Scottish Leaving Certificate Examination, 1952
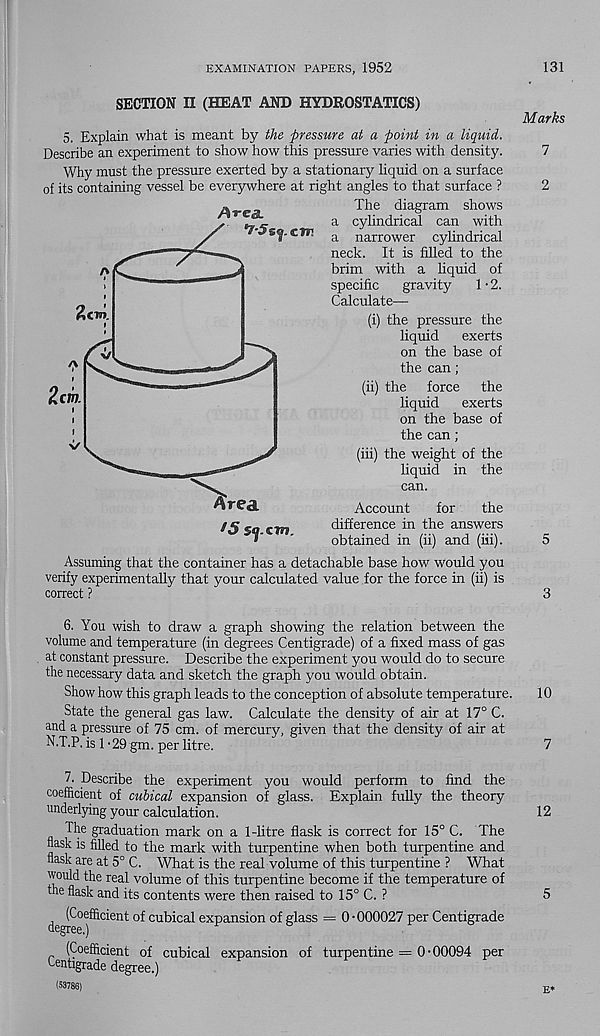
EXAMINATION PAPERS, 1952
131
SECTION II (HEAT AND HYDROSTATICS)
5. Explain what is meant by the pressure at a point in a liquid.
Describe an experiment to show how this pressure varies with density.
Why must the pressure exerted by a stationary liquid on a surface
of its containing vessel be everywhere at right angles to that surface ?
The diagram shows
a cylindrical can with
a narrower cylindrical
neck. It is filled to the
brim with a liquid of
specific gravity
1 • 2.
Calculate—
(i) the pressure the
liquid exerts
on the base of
the can;
(ii) the force the
liquid exerts
on the base of
the can ;
(iii) the weight of the
liquid in the
can.
Account
for
the
difference in the answers
obtained in (ii) and (iii).
Assuming that the container has a detachable base how would you
verify experimentally that your calculated value for the force in (ii) is
correct ?
■Area.
Marks
7
2
5
3
6. You wish to draw a graph showing the relation between the
volume and temperature (in degrees Centigrade) of a fixed mass of gas
at constant pressure. Describe the experiment you would do to secure
the necessary data and sketch the graph you would obtain.
Show how this graph leads to the conception of absolute temperature.
10
State the general gas law. Calculate the density of air at 17° C.
and a pressure of 75 cm. of mercury, given that the density of air at
N.T.P. is 1-29 gm. per litre.
7
7. Describe the experiment you would perform to find the
coefficient of cubical expansion of glass. Explain fully the theory
underlying your calculation.
12
The graduation mark on a 1-litre flask is correct for 15° C. The
flask is filled to the mark with turpentine when both turpentine and
flask are at 5° C. What is the real volume of this turpentine ? What
would the real volume of this turpentine become if the temperature of
the flask and its contents were then raised to 15° C. ?
5
^ (Coefficient of cubical expansion of glass = 0 ■ 000027 per Centigrade
(Coefficient of cubical expansion of turpentine = 0-00094 per
Centigrade degree.)
(53786)
g*